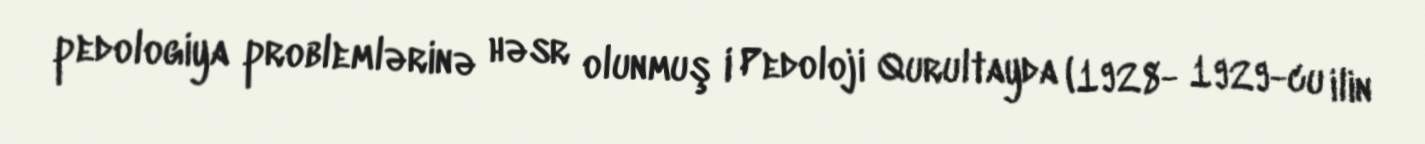
pedologiya problemlərinə həsr olunmuş I Pedoloji Qurultayda (1928- 1929-cu ilin